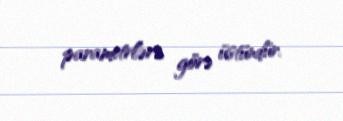
parametrlərə görə üstündür.